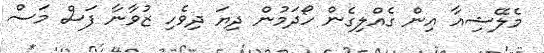
މެލޭޝިއާ އިން ގެއްލިގެން ހޯދަމުން ދިޔަ ދިވެހި ޒުވާނާ ފަސް މަސް